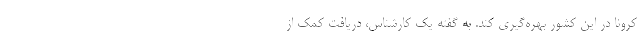
کرونا در این کشور بهره‌گیری کند. به گفته یک کارشناس، دریافت کمک از